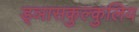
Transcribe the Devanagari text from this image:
ड्ञासकुल्कुलिय